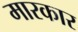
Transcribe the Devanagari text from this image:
मारकार